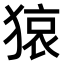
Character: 𤠆